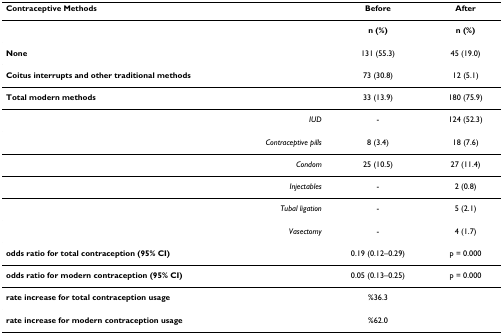
| Contraceptive Methods | Before | After |
 | --- | --- | --- |
 |  | n (%) | n (%) |
 | None | 131 (55.3) | 45 (19.0) |
 | Coitus interrupts and other traditional methods | 73 (30.8) | 12 (5.1) |
 | Total modern methods | 33 (13.9) | 180 (75.9) |
 | IUD | - | 124 (52.3) |
 | Contraceptive pills | 8 (3.4) | 18 (7.6) |
 | Condom | 25 (10.5) | 27 (11.4) |
 | Injectables | - | 2 (0.8) |
 | Tubal ligation | - | 5 (2.1) |
 | Vasectomy | - | 4 (1.7) |
 | odds ratio for total contraception (95% CI) | 0.19 (0.12–0.29) | p = 0.000 |
 | odds ratio for modern contraception (95% CI) | 0.05 (0.13–0.25) | p = 0.000 |
 | rate increase for total contraception usage | %36.3 |  |
 | rate increase for modern contraception usage | %62.0 |  |